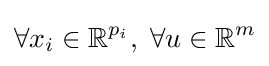
\forall x_{i}\in \mathbb {R} ^{p_{i}},\;\forall u\in \mathbb {R} ^{m}